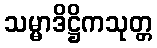
သမ္မာဒိဋ္ဌိကသုတ္တ